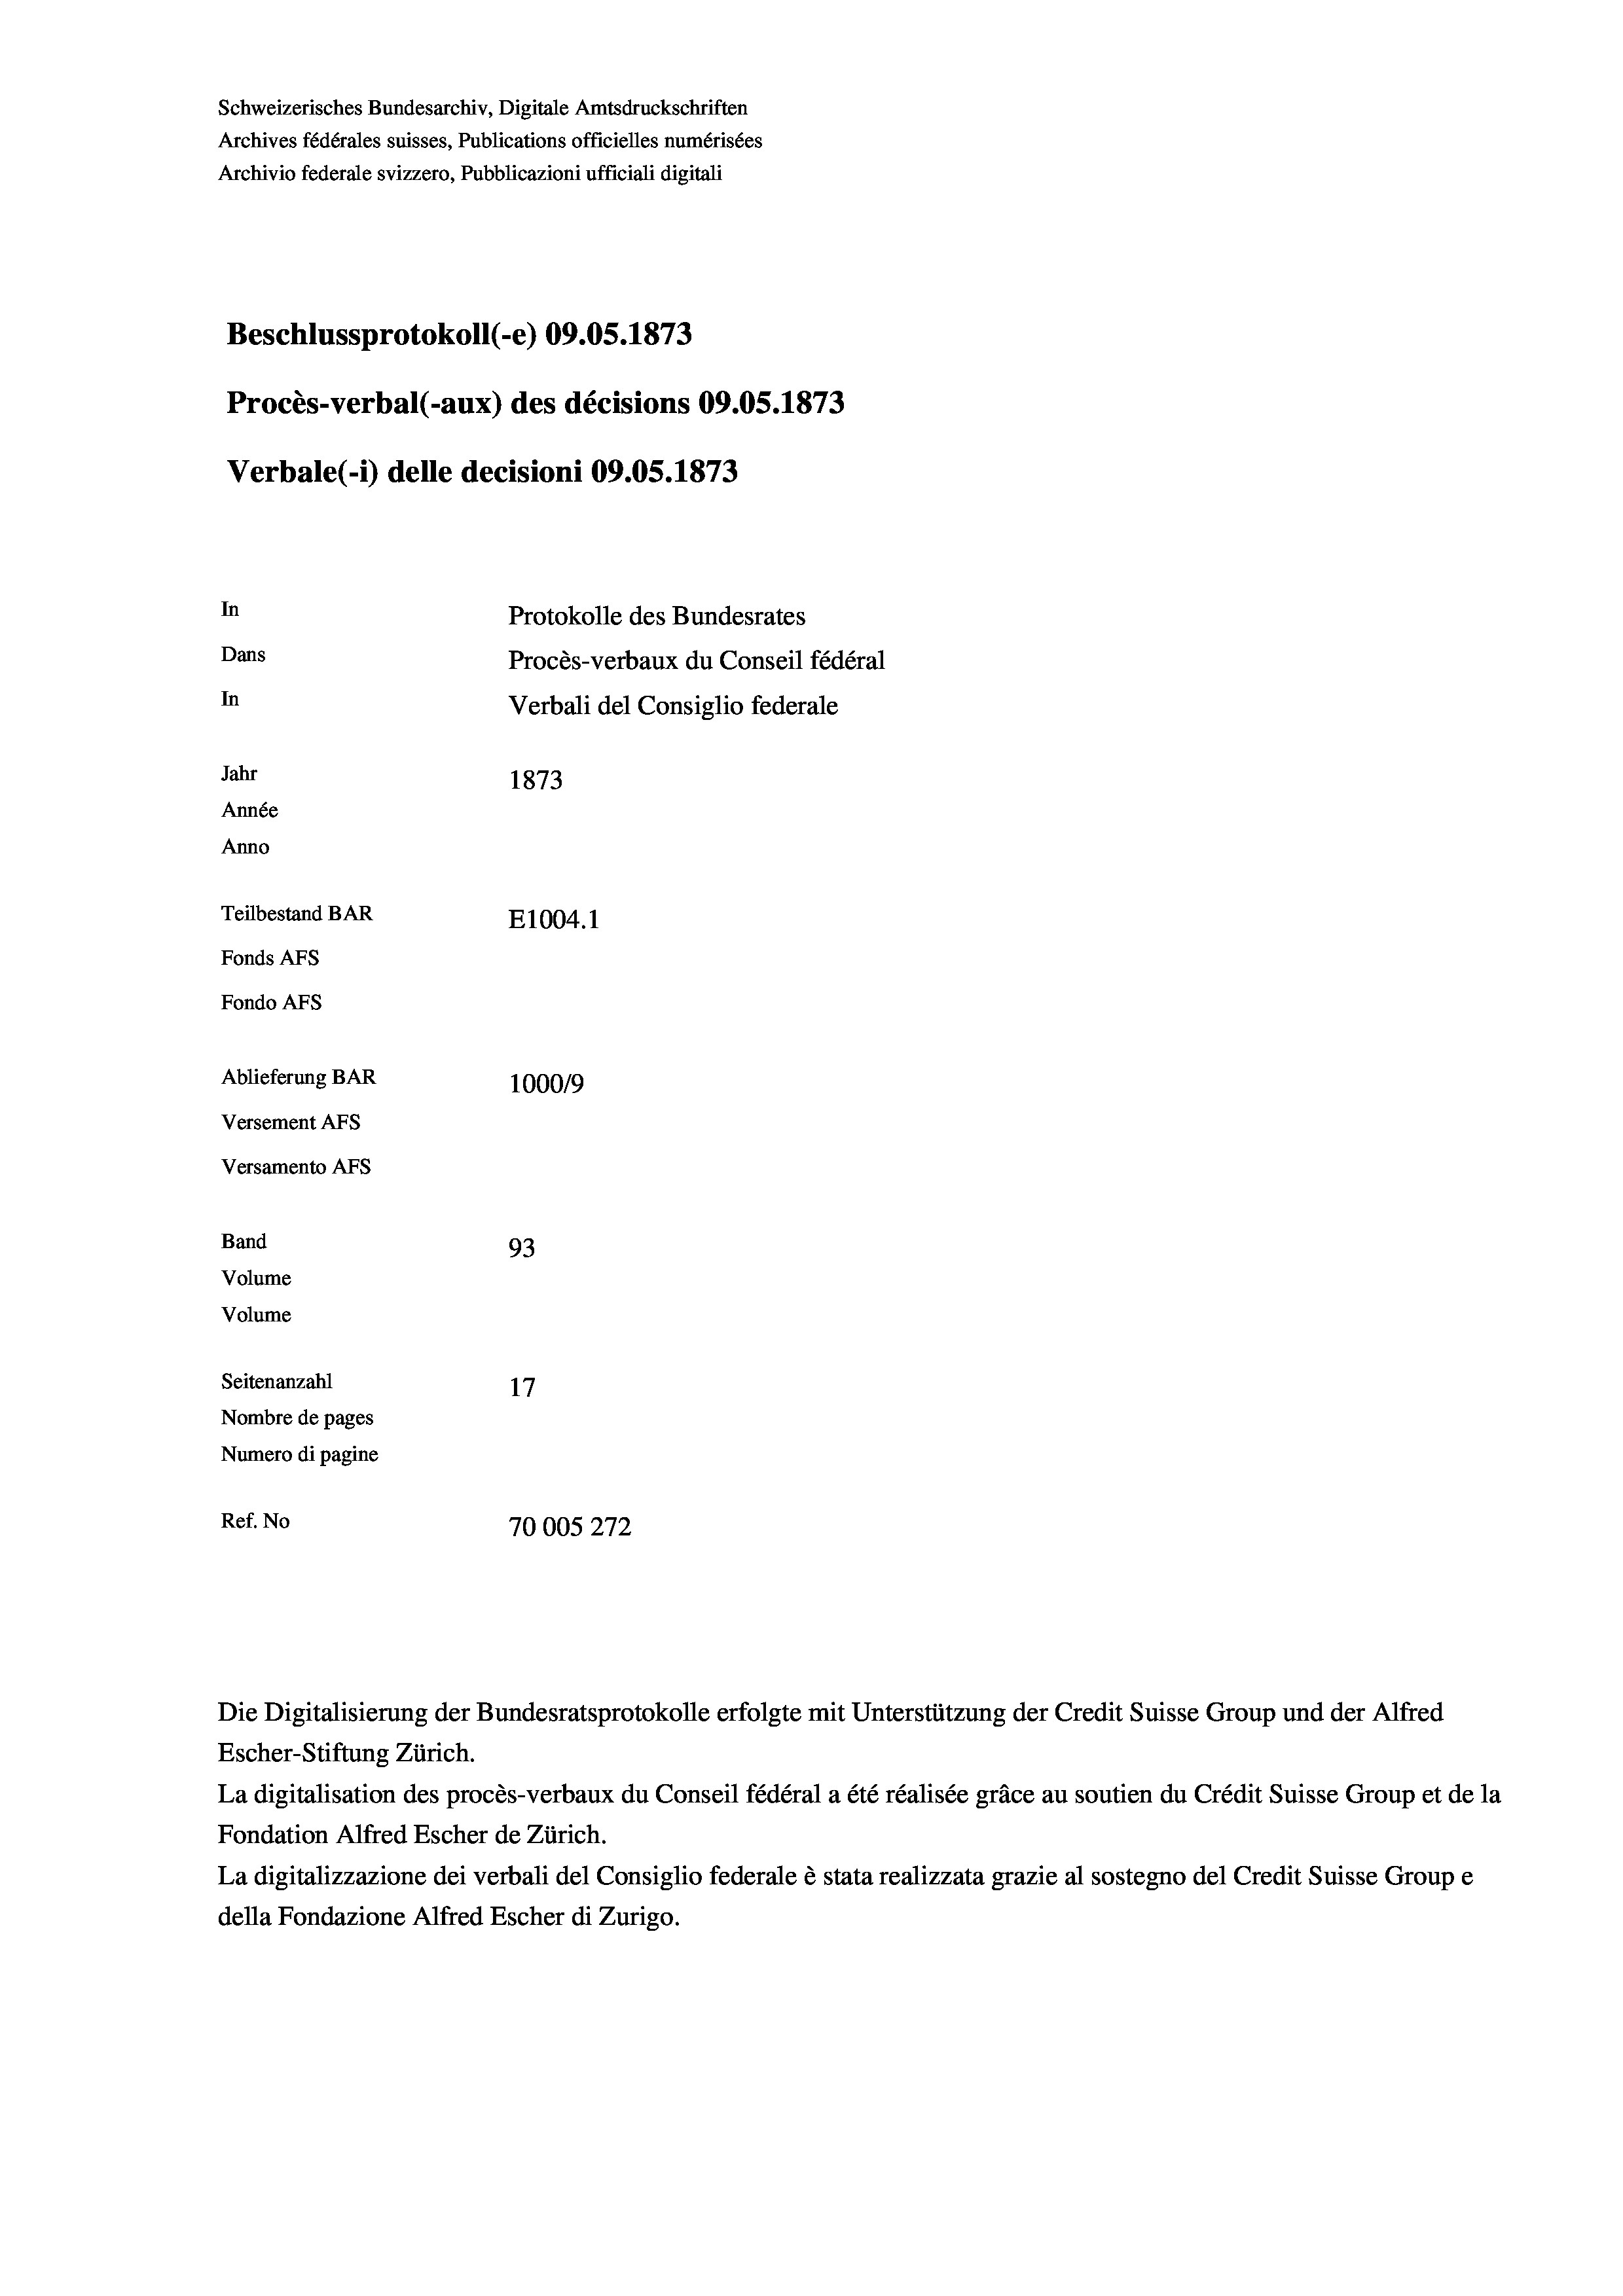
Schweizerisches Bundesarchiv, Digitale Amtsdruckschriften
Archives fédérales suisses, Publications officielles numérisées
Archivio federale svizzero, Pubblicazioni ufficiali digitali
Beschlussprotokoll (-e) 09.05. 1873
Procès-verbal (-aux) des décisions 09.05. 1873
Verbale(-*) delle decisioni 09.OS. 1873
In
Protokolle des Bundesrates
Dans
Procès-verbaux du Conseil fédéral
In
Verbali del Consiglio federale
Jahr
1873
Année
Anno
Teilbestand BAR
E1004. 1
Fonds AFs
Fondo AFs
Ablieferung BAR
100019
Versement Abs
Versamento Afs
Band
93
Volume
Volume
Seitenanzahl
17
Nombre de pages
Numero di pagine
Ref. No
70005272

Escher-Stiftung Zürich.
La digitalisation des procès-verbaux du Conseil fédéral a été réalisée gräce au soutien du Crédit Suisse Group et de la
Fondation Alfred Escher de Zürich.
La digitalizzazione dei verbali del Consiglio federale è stata realizzata grazie al sostegno del Credit Suisse Groupe
della Fondazione Alfred Escher di Zurigo.

Die Digitalisierung der Bundesratsprotokolle erfolgte mit Unterstützung der Credit Suisse Group und der Alfred